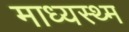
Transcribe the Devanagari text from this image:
माध्यस्थ्म